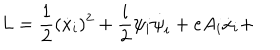
L = \frac { 1 } { 2 } ( \dot { x } _ { i } ) ^ { 2 } + \frac { i } { 2 } \psi _ { i } \dot { \psi } _ { i } + e A _ { i } \dot { x } _ { i } +